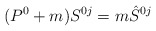
\begin{align*}(P^0+m)S^{0j}=m\hat{S}^{0j}\end{align*}